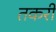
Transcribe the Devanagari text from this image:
तकरी